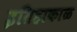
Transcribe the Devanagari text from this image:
इतिहाकाळ